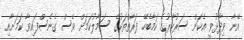
އޭނާ ވިދާޅުވީ އެކަން ސަރުކާރުގެ ކަމާބެހޭ ފަރާތްތަކުގެ ސަމާލުކަމަށް ވެސް ގެނެސްފައިވާ ކަމަށާއި